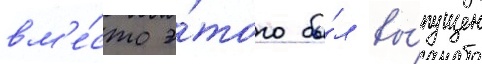
вм'е́сто э́того бы́л вы́пущен